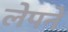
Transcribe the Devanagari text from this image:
लेपने